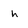
Character: h